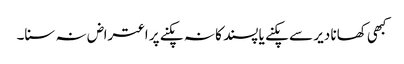
کبھی کھانا دیر سے پکنے یا پسند کا نہ پکنے پر اعتراض نہ سنا۔